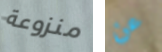
منزوعة عن